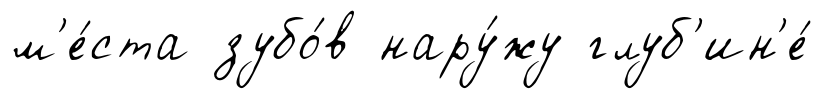
м'е́ста зубо́в нару́жу глуб'ин'е́